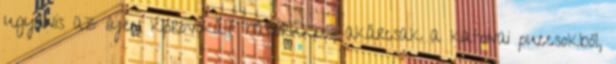
ugyanis az ilyen kiprovokált háborúkból, akárcsak a katonai puccsokból,